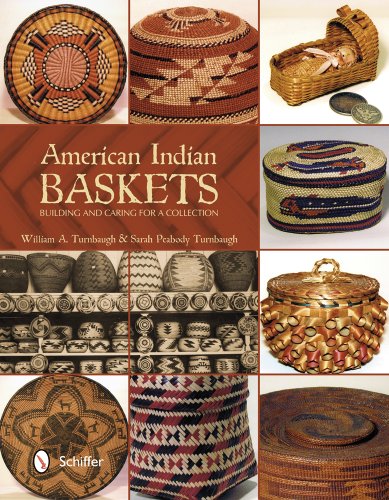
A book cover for American Indian Baskets: Building and Caring for a Collection; William A. Turnbaugh; Crafts, Hobbies & Home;